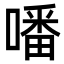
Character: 噃